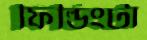
ফিল্ডিংটা